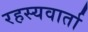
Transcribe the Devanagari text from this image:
रहस्यवार्ता